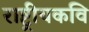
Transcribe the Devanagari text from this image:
राष्ट्रीयकवि